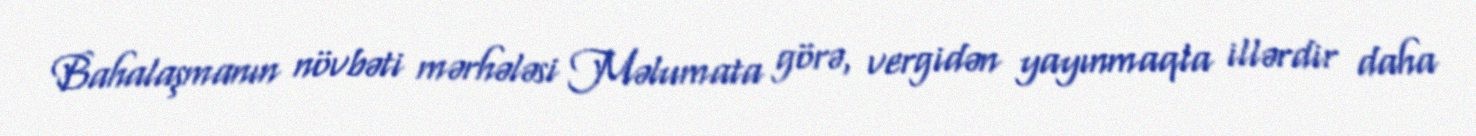
Bahalaşmanın növbəti mərhələsi Məlumata görə, vergidən yayınmaqla illərdir daha